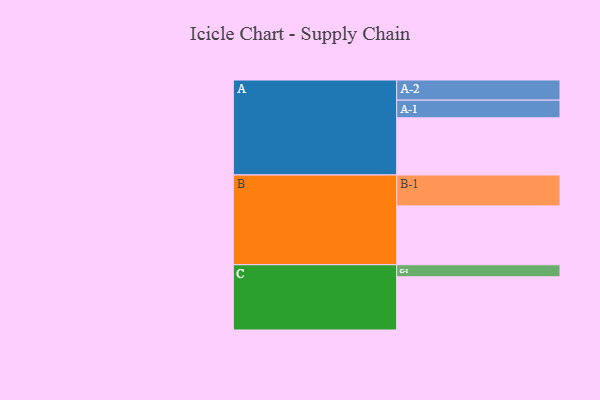
{"axis": {"x": "Segment", "y": "Value"}, "legend": ["", "A", "B", "C"], "data": [{"x": "A", "y": 483, "type": ""}, {"x": "B", "y": 497, "type": ""}, {"x": "C", "y": 449, "type": ""}, {"x": "A-1", "y": 149, "type": "A"}, {"x": "A-2", "y": 170, "type": "A"}, {"x": "B-1", "y": 261, "type": "B"}, {"x": "C-1", "y": 102, "type": "C"}]}